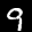
Label: 9